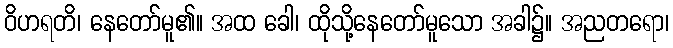
ဝိဟရတိ၊ နေတော်မူ၏။ အထ ခေါ၊ ထိုသို့နေတော်မူသော အခါ၌။ အညတရော၊